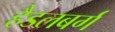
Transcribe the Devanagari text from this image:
हैडलबर्ग